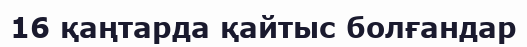
16 қаңтарда қайтыс болғандар